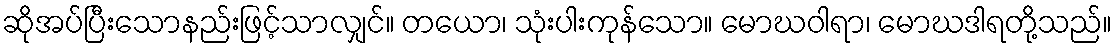
ဆိုအပ်ပြီးသောနည်းဖြင့်သာလျှင်။ တယော၊ သုံးပါးကုန်သော။ မောဃဝါရာ၊ မောဃဒါရတို့သည်။